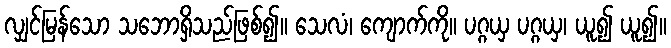
လျှင်မြန်သော သဘောရှိသည်ဖြစ်၍။ သေလံ၊ ကျောက်ကို။ ပဂ္ဂယှ ပဂ္ဂယှ၊ ယူ၍ ယူ၍။